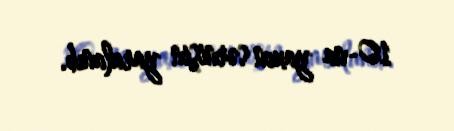
10-na yaxın sərnişin yaralanıb.